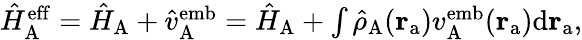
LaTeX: \begin{array}{r}{\hat{H}_{\mathrm{A}}^{\mathrm{eff}}=\hat{H}_{\mathrm{A}}+\hat{v}_{\mathrm{A}}^{\mathrm{emb}}=\hat{H}_{\mathrm{A}}+\int\hat{\rho}_{\mathrm{A}}(\mathbf{r}_{\mathrm{a}}){v}_{\mathrm{A}}^{\mathrm{emb}}(\mathbf{r}_{\mathrm{a}})\mathrm{d}\mathbf{r}_{\mathrm{a}},}\end{array}